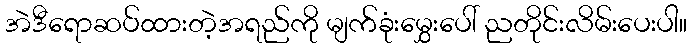
အဲဒီရောဆပ်ထားတဲ့အရည်ကို မျက်ခုံးမွှေးပေါ် ညတိုင်းလိမ်းပေးပါ။